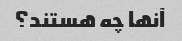
آنها چه هستند؟